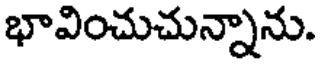
భావించుచున్నాను.